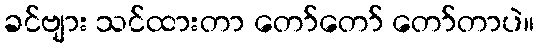
ခင်ဗျား သင်ထားတာ တော်တော် တော်တာပဲ။